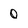
Character: 0